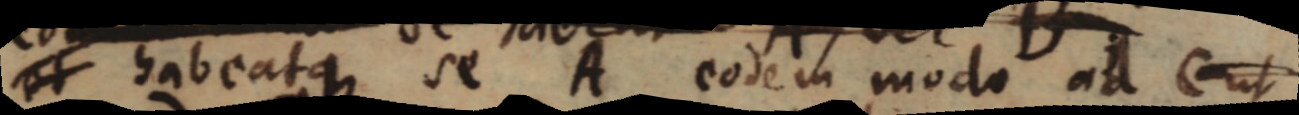
et habeatque se A eodem modo ad C ut